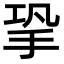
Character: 㧬